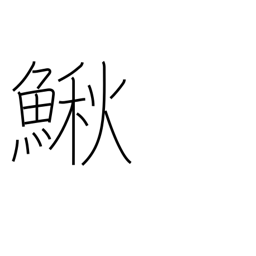
Meaning: bullhead